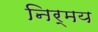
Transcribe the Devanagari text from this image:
निर्मय